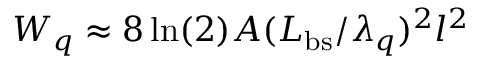
W _ { q } \approx 8 \ln ( 2 ) A ( L _ { \mathrm { b s } } / \lambda _ { q } ) ^ { 2 } l ^ { 2 }